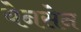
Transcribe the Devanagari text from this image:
येनसेन